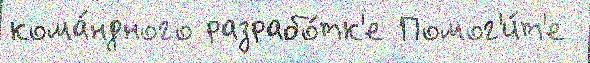
кома́ндного разрабо́тк'е Помог'и́т'е